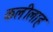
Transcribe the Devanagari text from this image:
कलीलाह